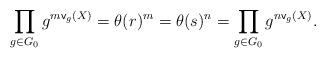
LaTeX: \begin{align*} \prod_{g \in G_0} g^{m \mathsf{v}_g(X)} = \theta(r)^m = \theta(s)^n = \prod_{g \in G_0} g^{n \mathsf{v}_g(X)}.\end{align*}